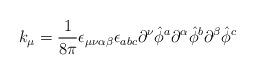
LaTeX: \begin{align*}k_{\mu} = {1 \over 8 \pi} \epsilon_{\mu \nu \alpha \beta} \epsilon _{abc} \partial ^{\nu} {\hat \phi} ^a \partial ^{\alpha} {\hat \phi} ^b \partial ^{\beta} {\hat \phi} ^c\end{align*}